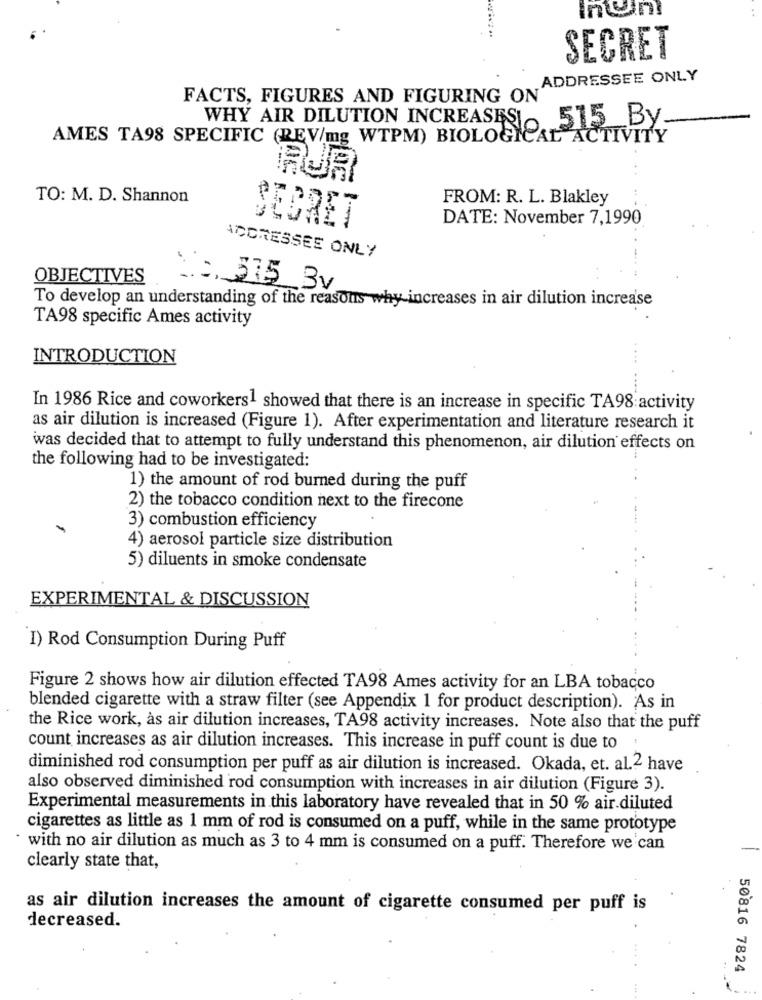
SECRET
ADDRESSEE ONLY
FACTS, FIGURES AND FIGURING ON'
WHY AIR DILUTION INCREASESI
515 By
AMES TA98 SPECIFIC (REV/mg WTPM) BIOLOGICAL ACTIVITY
TO: M. D. Shannon
FROM: R. L. Blakley
DATE: November 7,1990
SECRET
ADDRESSEE ONLY
OBJECTIVES
.2. 375 3v
To develop an understanding of the reasons why increases in air dilution increase
TA98 specific Ames activity
INTRODUCTION
In 1986 Rice and coworkers1 showed that there is an increase in specific TA98 activity
as air dilution is increased (Figure 1). After experimentation and literature research it
was decided that to attempt to fully understand this phenomenon, air dilution effects on
the following had to be investigated:
1) the amount of rod burned during the puff
2) the tobacco condition next to the firecone
3) combustion efficiency
4) aerosol particle size distribution
5) diluents in smoke condensate
EXPERIMENTAL & DISCUSSION
I) Rod Consumption During Puff
Figure 2 shows how air dilution effected TA98 Ames activity for an LBA tobacco
blended cigarette with a straw filter (see Appendix 1 for product description). As in
the Rice work, as air dilution increases, TA98 activity increases. Note also that the puff
count increases as air dilution increases. This increase in puff count is due to
diminished rod consumption per puff as air dilution is increased. Okada, et. al.2 have
also observed diminished rod consumption with increases in air dilution (Figure 3).
Experimental measurements in this laboratory have revealed that in 50 % air diluted
cigarettes as little as 1 mm of rod is consumed on a puff, while in the same prototype
with no air dilution as much as 3 to 4 mm is consumed on a puff. Therefore we can
clearly state that,
as air dilution increases the amount of cigarette consumed per puff is
decreased.
50816 7824